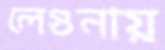
লেগুনায়